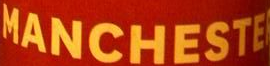
MANCHESTE